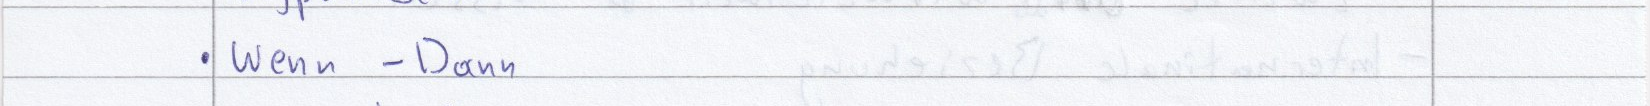
wenn - Dann